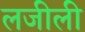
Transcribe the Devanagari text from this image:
लजीली